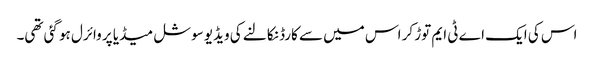
اس کی ایک اے ٹی ایم توڑ کر اس میں سے کارڈ نکالنے کی ویڈیو سوشل میڈیا پر وائرل ہو گئی تھی۔